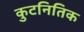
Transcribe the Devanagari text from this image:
कुटनितिक